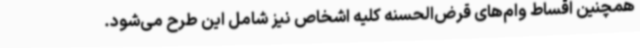
همچنین اقساط وام‌های قرض‌الحسنه کلیه اشخاص نیز شامل این طرح می‌شود.